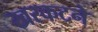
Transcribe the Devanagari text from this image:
खरकटने